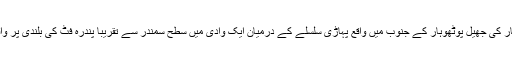
کلر کہار کی جھیل پوٹھوہار کے جنوب میں واقع پہاڑی سلسلے کے درمیان ایک وادی میں سطح سمندر سے تقریباً پندرہ فٹ کی بلندی پر واقع ہے۔